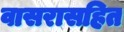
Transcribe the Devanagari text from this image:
वासरासहित